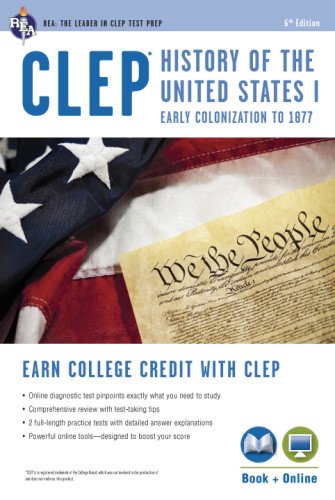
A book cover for CLEPÂ® History of the U.S. I Book + Online (CLEP Test Preparation); Editors of REA; Test Preparation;